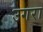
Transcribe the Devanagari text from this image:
उगरा